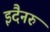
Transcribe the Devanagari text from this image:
इदैनरु